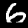
Label: 6